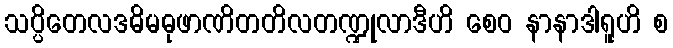
သပ္ပိတေလဒဓိမဓုဖာဏိတတိလတဏ္ဍုလာဒီဟိ စေဝ နာနာဒါရူဟိ စ